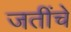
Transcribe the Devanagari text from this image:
जतींचे